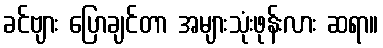
ခင်ဗျား ပြောချင်တာ အများသုံးဖုန်းလား ဆရာ။